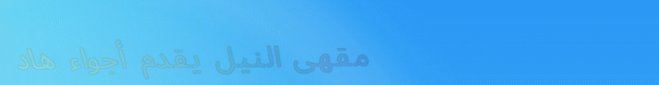
مقهى النيل يقدم أجواء هاد